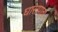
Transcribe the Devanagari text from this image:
घासपातों